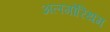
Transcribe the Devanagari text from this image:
अलगोरिथम